Indian journal of veterinary science and animal husbandry - Volumes 24-25, 1954-1955
Year: 1954
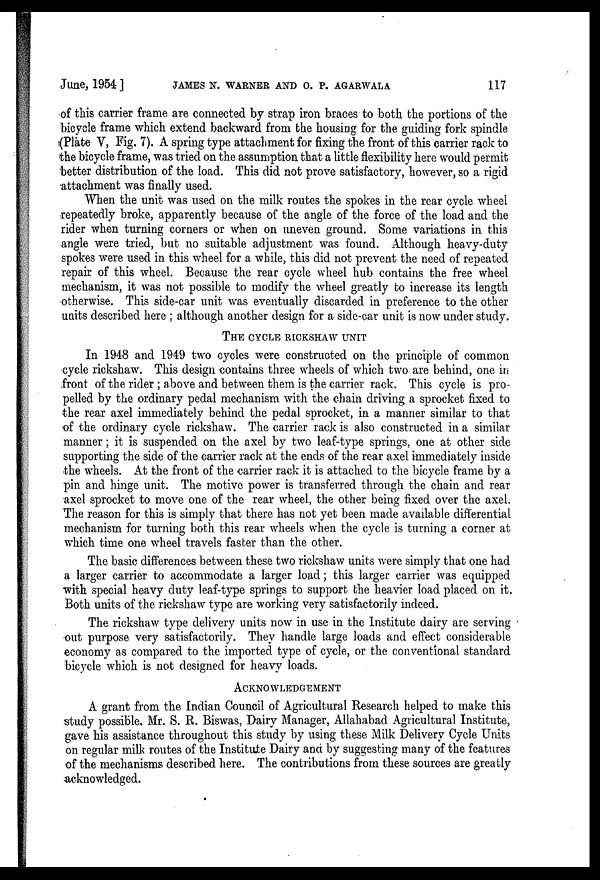
June, 1954]
JAMES
N.
WARNER
AND
O.
P.
AGARWALA
117
of this carrier frame are connected by strap iron braces to both the portions of the
bicycle frame which extend backward from the housing for the guiding fork spindle
(Plate V, Fig. 7). A spring type attachment for fixing the front of this carrier rack to
the bicycle frame, was tried on the assumption that a little flexibility here would permit
better distribution of the load. This did not prove satisfactory, however, so a rigid
attachment was finally used.
When the unit was used on the milk routes the spokes in the rear cycle wheel
repeatedly broke, apparently because of the angle of the force of the load and the
rider when turning corners or when on uneven ground. Some variations in this
angle were tried, but no suitable adjustment was found. Although heavy-duty
spokes were used in this wheel for a while, this did not prevent the need of repeated
repair of this wheel. Because the rear cycle wheel hub contains the free wheel
mechanism, it was not possible to modify the wheel greatly to increase its length
otherwise. This side-car unit was eventually discarded in preference to the other
units described here; although another design for a side-car unit is now under study.
THE CYCLE RICKSHAW UNIT
In 1948 and 1949 two cycles were constructed on the principle of common
cycle rickshaw. This design contains three wheels of which two are behind, one in
front of the rider; above and between them is the carrier rack. This cycle is pro-
pelled by the ordinary pedal mechanism with the chain driving a sprocket fixed to
the rear axel immediately behind the pedal sprocket, in a manner similar to that
of the ordinary cycle rickshaw. The carrier rack is also constructed in a similar
manner; it is suspended on the axel by two leaf-type springs, one at other side
supporting the side of the carrier rack at the ends of the rear axel immediately inside
the wheels. At the front of the carrier rack it is attached to the bicycle frame by a
pin and hinge unit. The motive power is transferred through the chain and rear
axel sprocket to move one of the rear wheel, the other being fixed over the axel.
The reason for this is simply that there has not yet been made available differential
mechanism for turning both this rear wheels when the cycle is turning a corner at
which time one wheel travels faster than the other.
The basic differences between these two rickshaw units were simply that one had
a larger carrier to accommodate a larger load; this larger carrier was equipped
with special heavy duty leaf-type springs to support the heavier load placed on it.
Both units of the rickshaw type are working very satisfactorily indeed.
The rickshaw type delivery units now in use in the Institute dairy are serving
out purpose very satisfactorily. They handle large loads and effect considerable
economy as compared to the imported type of cycle, or the conventional standard
bicycle which is not designed for heavy loads.
ACKNOWLEDGEMENT
A grant from the Indian Council of Agricultural Research helped to make this
study possible. Mr. S. R. Biswas, Dairy Manager, Allahabad Agricultural Institute,
gave his assistance throughout this study by using these Milk Delivery Cycle Units
on regular milk routes of the Institute Dairy and by suggesting many of the features
of the mechanisms described here. The contributions from these sources are greatly
acknowledged.